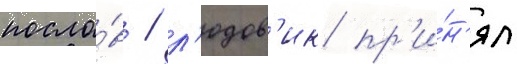
посло́в / л'юдов'ик пр'и́н'ял